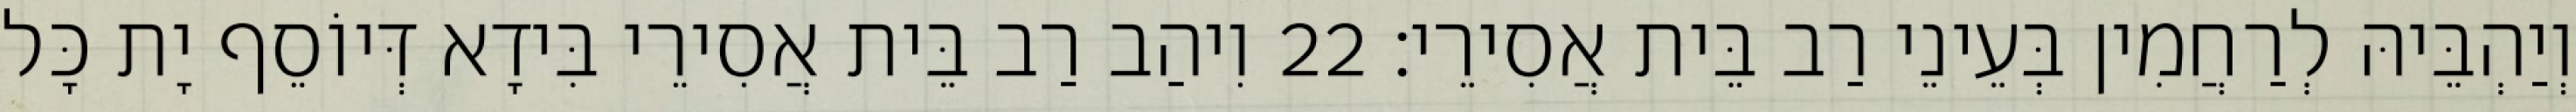
וְיַהְבֵּיהּ לְרַחֲמִין בְּעֵינֵי רַב בֵּית אֲסִירֵי׃ 22 וִיהַב רַב בֵּית אֲסִירֵי בִּידָא דְּיוֹסֵף יָת כָּל